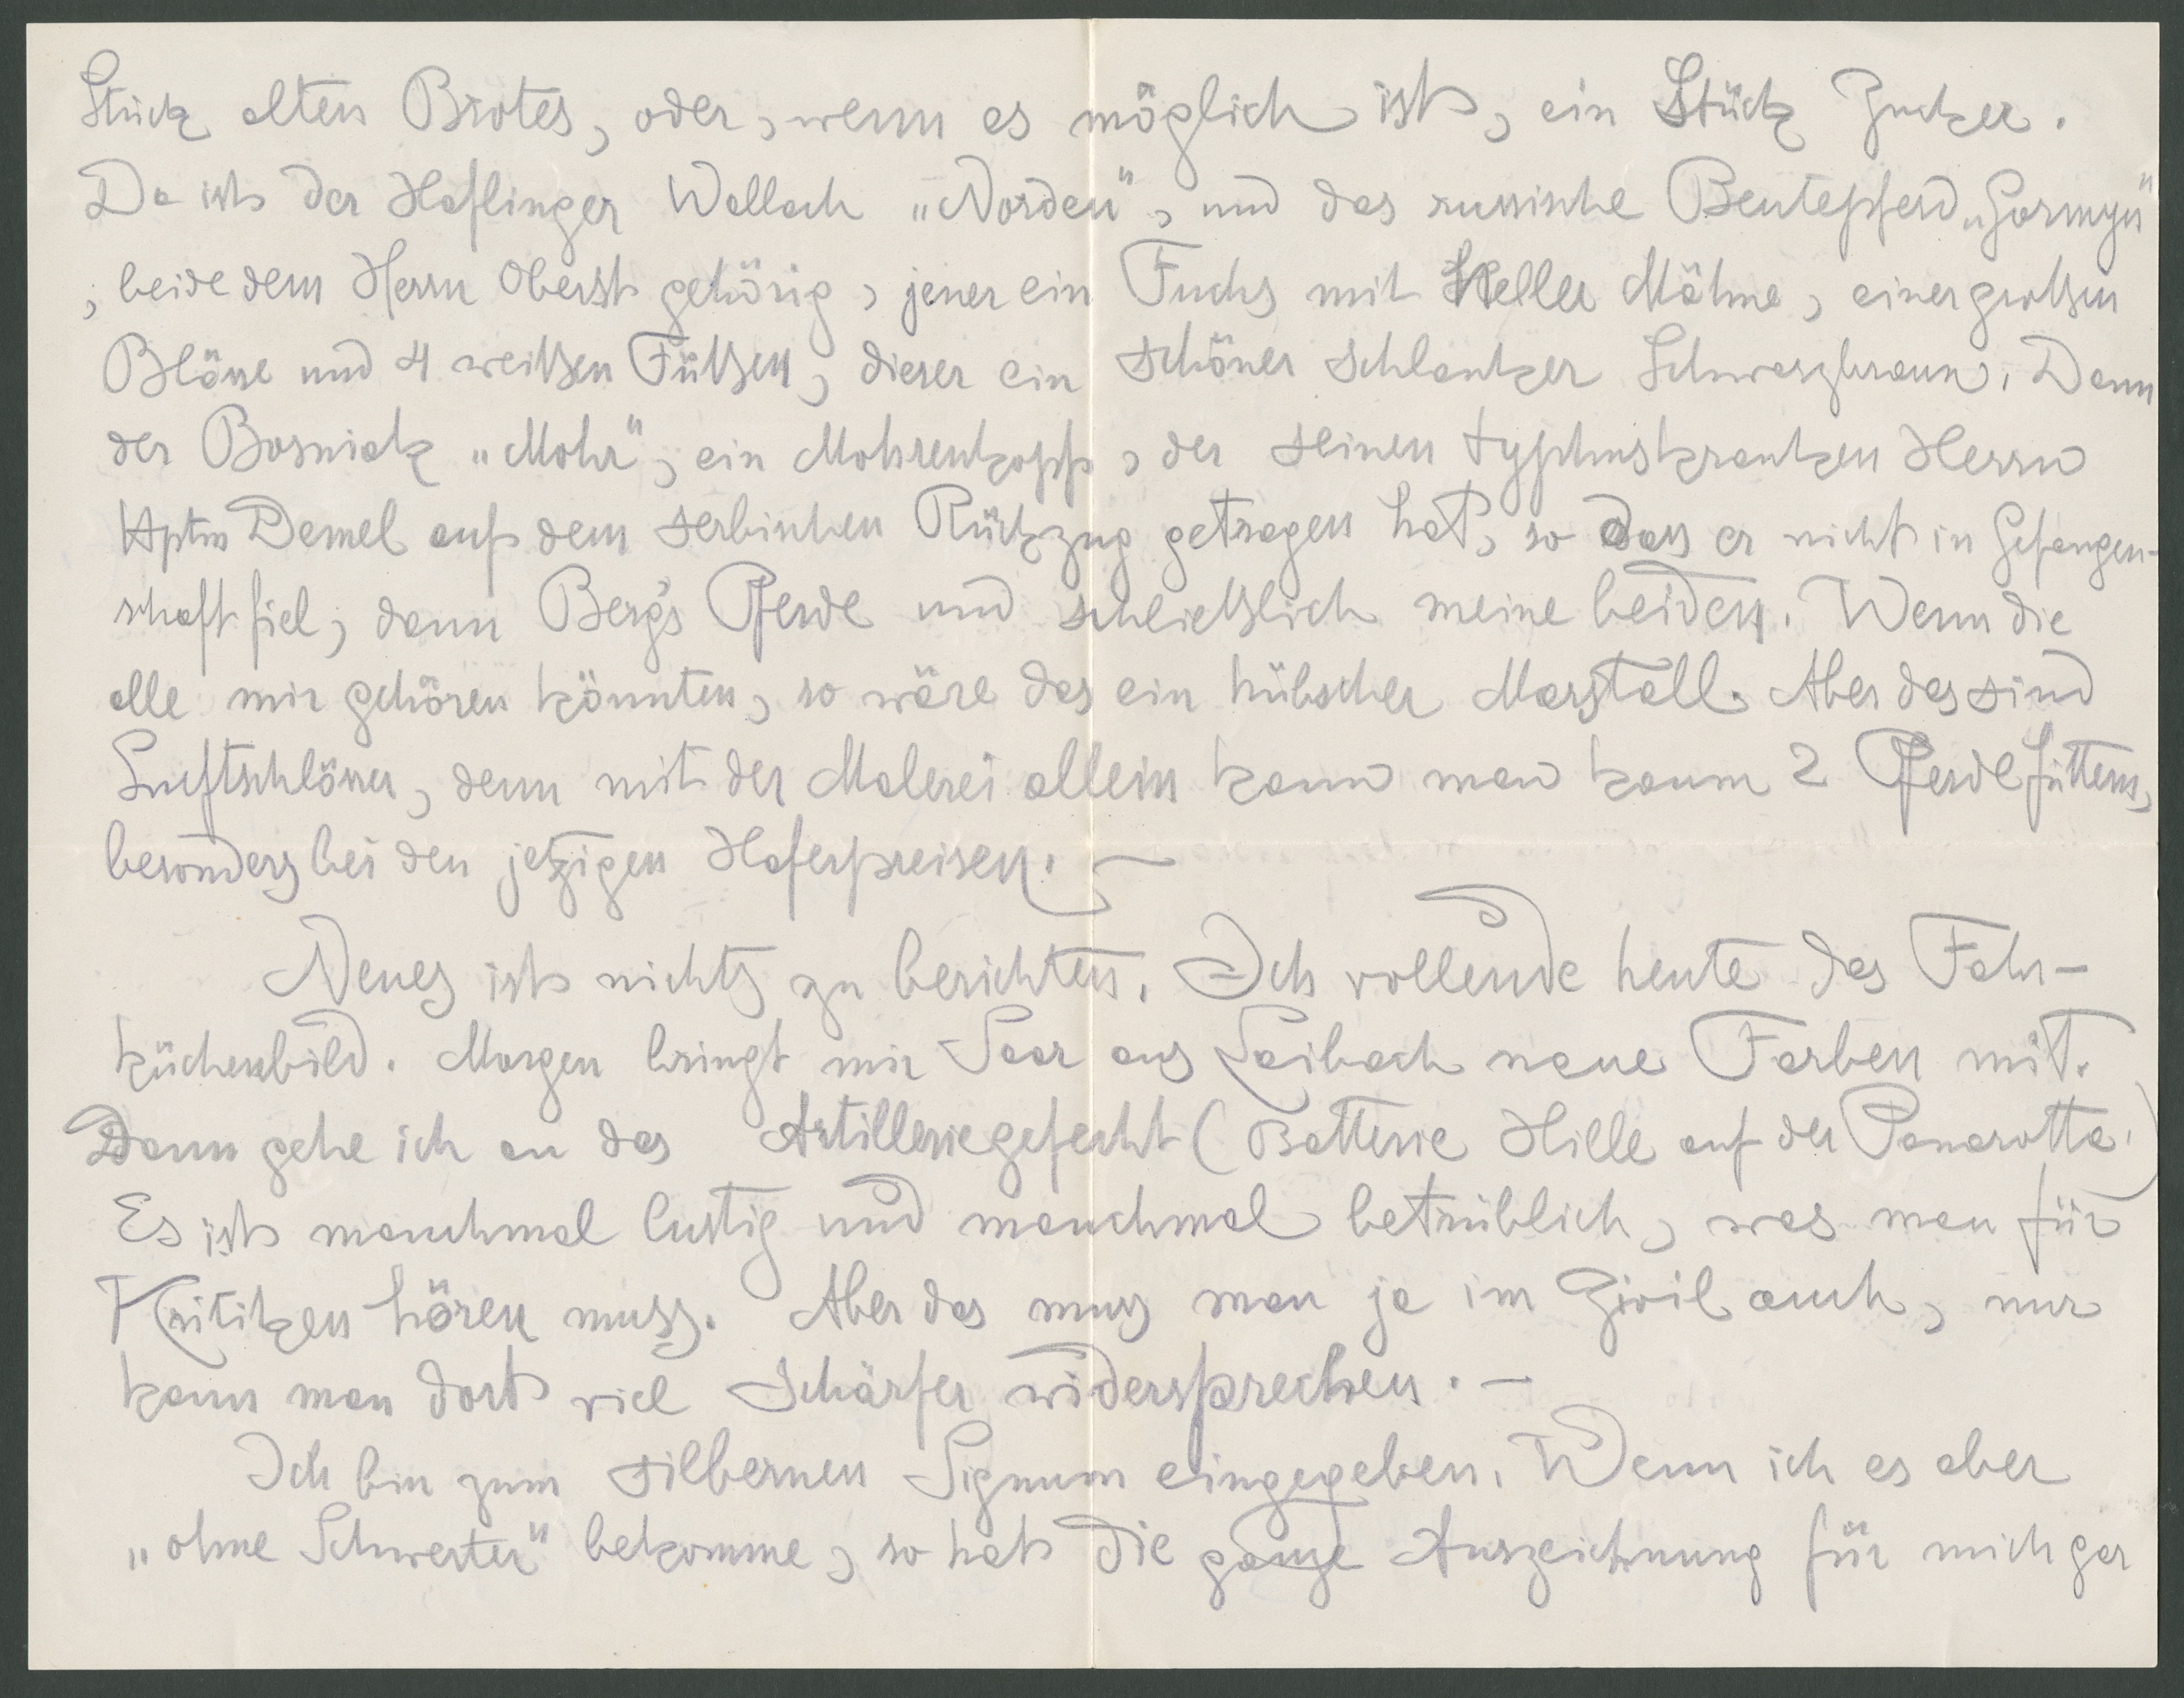
Stück alten Brotes, oder wenn es möglich ist, ein Stück Gucker.
Da ist der Häflinger Wellach „ Norden, und das runische Beutepfend. Gorigu
beide dem Herrn Oberst gehörig, jener ein Fuchs mit Seller Mähne, einer großen
Blässe und 4 weißen Füßen, dieser ein schöner Schlanker Schwarzbraun. Dann
der Bosnick „Mohr, ein Mohrenkopf, der seinen Typhuskranken Herrn
Aptis Demel auf dem serbischen Rückzug getragen hat so Dass er nicht in Gefangen.
schaftfiel, dann Bergs Pferde und schließlich meine beiden. Wenn die
alle mir gehören könnten, so wäre das ein hübscher Marstall. Aber das sind
Frcftschlösser, denn mit der Malerei allei kann man kaum 2 Fferde futters
besonder bei den jetzigen Hoferpreisen.
Deues ist nichts zu berichten. Ich vollende heute das Fahr-
küchenbild. Morgen bringt mir Saar ans Leibach neuer Farben mitt.
Dann gehe ich an das Astilleriegefecht (Batterie Hille auf der Ponarotta.
Es ist manchmal lustig und manchmal betrüblich, was man für
Kritiken hören muss.  Aber das muss man ja im Giril auch, nur
kans man dort viel Schärfer wödersprecken. –
Ich bin zum silbernen Signum eingegeben. Wenn ich es aber
"ohne Schweiter“ bekomme, so hat die gne Auszeichnung für mich ger